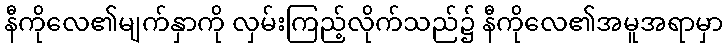
နီကိုလေ၏မျက်နှာကို လှမ်းကြည့်လိုက်သည်၌ နီကိုလေ၏အမူအရာမှာ